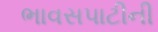
ભાવસપાટીની